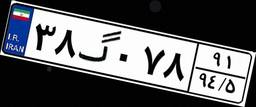
۳۸گ۰۷۸۹۱